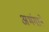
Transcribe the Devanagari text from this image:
अभंगाने